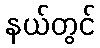
နယ်တွင်